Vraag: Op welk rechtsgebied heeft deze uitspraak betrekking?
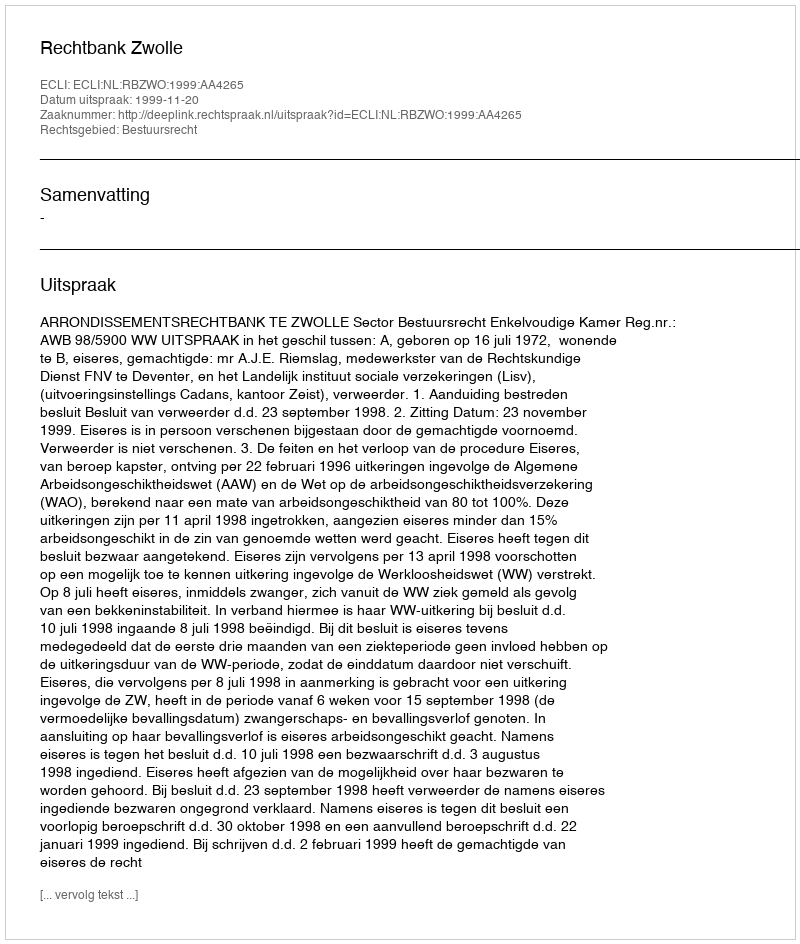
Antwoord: Bestuursrecht